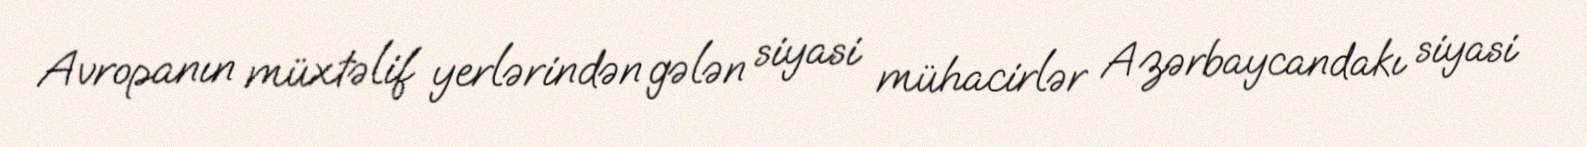
Avropanın müxtəlif yerlərindən gələn siyasi mühacirlər Azərbaycandakı siyasi